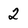
Character: 2